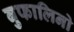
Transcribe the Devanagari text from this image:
बुफालिनो